Civil Veterinary Dept. North-West Frontier Province 1923-32 - 1923-1932
Year: 1923
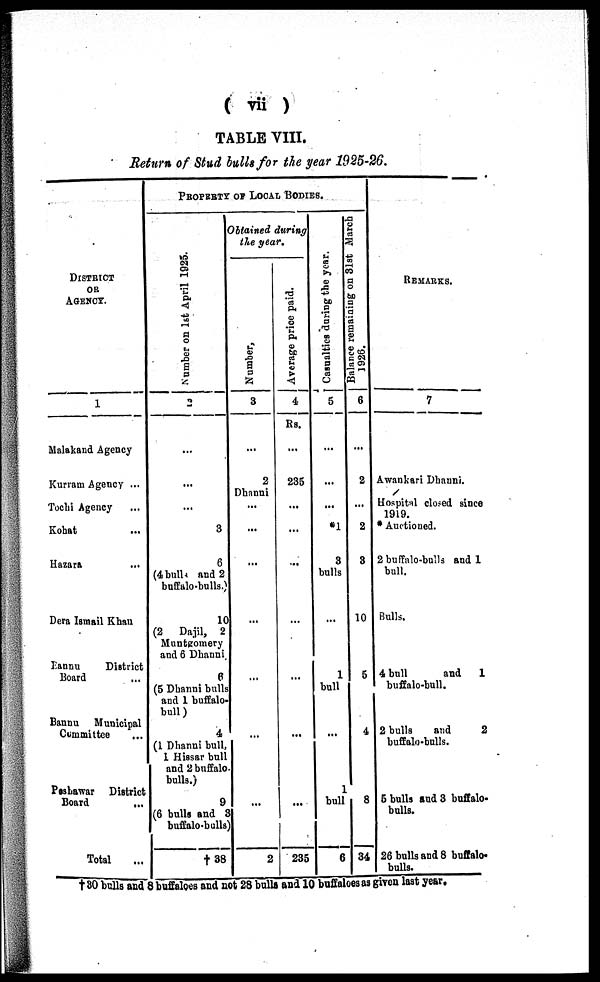
(vii)
TABLE VIII.
Return of Stud bulls for the year 1925-26.
DISTRICT
OR
AGENCY.
1
Malakand Agency ...
Kurram Agency ...
Tochi Agency ...
Kohat ...
Hazara
Dera Ismail Khan
Bannu
District
Board ...
Bannu
Municipal
Committee
...
Peshawar District
Board
...
Total ...
PROPERTY OF LOCAL BODIES.
Number on 1st April 1925.
2
...
...
...
3
6
(4 bulls and 2
buffalo-bulls.)
10
(2
Dajil, 2
Muntgomery
and 6 Dhanni
6
(5 Dhanni bulls
and 1 buffalo¬
bull)
4
(1 Dhanni bull,
1 Hiasar bull
and 2 buffalo¬
bulls.)
9
(6 bulls and 3
buffalo-bulls)
†
38
Obtained during
the year.
Number.
3
...
2
Dhanni
...
...
...
...
...
...
...
2
Ave r
a ge price paid.
4
Rs.
...
235
...
...
...
...
...
...
...
235
Casualties during the year.
5
...
...
...
1
3
bulls
...
1
bull
...
1
bull
6
Balance remaining on 31st March
1926.
6
...
2
...
2
3
10
5
4
8
34
REMARKS.
7
Awankari Dhanni.
Hospital closed since
1919.
* Auctioned.
2 buffalo-bulls and 1
bull.
Bulls.
4 bull
and
1
buffalo-bull.
2 bulls
and
2
buffalo-bulls.
5 bulls and 3 buffalo¬
bulls.
26 bulls and 8 buffalo¬
bulls.
† 30 bulls and 8 buffaloes and not 28 bulls and 10 buffaloes as given last year.